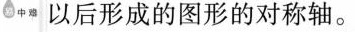
易中难 以后形成的图形的对称轴。